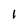
Character: 1